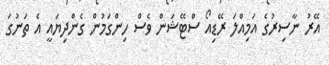
އޭރު ނާސިރުގެ އަމިއްލަ ރޭޑިއޯ ސްޓޭޝަން ވެސް ހިންގަމުން ގެންދިޔައީ އެ ތަނުގަ